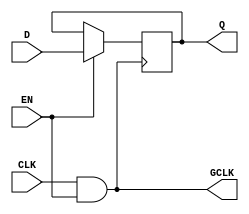
module conditional_clock_gating (
    input wire CLK,       // Primary clock signal
    input wire EN,        // Enable signal
    input wire [7:0] D,   // Data input for memory block (example width: 8 bits)
    output reg [7:0] Q,   // Data output from memory block
    output wire GCLK      // Gated clock output
);

// Internal signal for the gated clock
reg gated_clk;

// Gating Logic: AND gate
assign GCLK = CLK & EN;  // Generate gated clock signal

// Memory Block: Basic example using a register (could be SRAM, etc.)
always @(posedge GCLK) begin
    if (EN) begin
        // Perform write operation when EN is high
        Q <= D;
    end
    // If EN is low, no operation is performed
end

endmodule